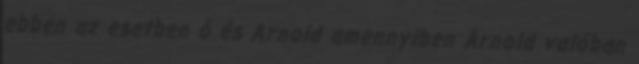
ebben az esetben ő és Arnold amennyiben Arnold valóban